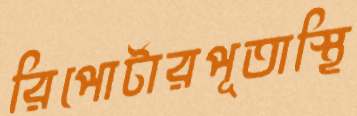
রিপোর্টারপূতাস্থি